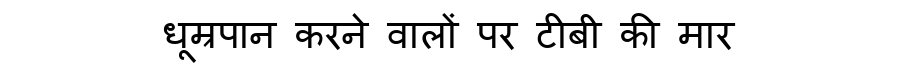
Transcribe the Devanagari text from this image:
धूम्रपान करने वालों पर टीबी की मार